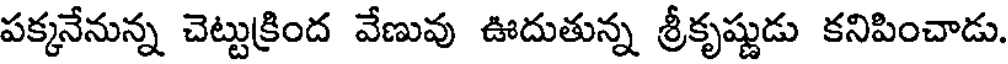
పక్కనేనున్న చెట్టుక్రింద వేణువు ఊదుతున్న శ్రీకృష్ణుడు కనిపించాడు.